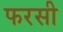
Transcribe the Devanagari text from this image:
फरसी